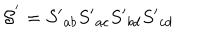
LaTeX: { \cal S } ^ { ' } = S { ' } _ { a b } S { ' } _ { a c } S { ' } _ { b d } S { ' } _ { c d }